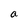
Character: a